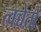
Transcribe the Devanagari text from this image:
त्वच्चेतो